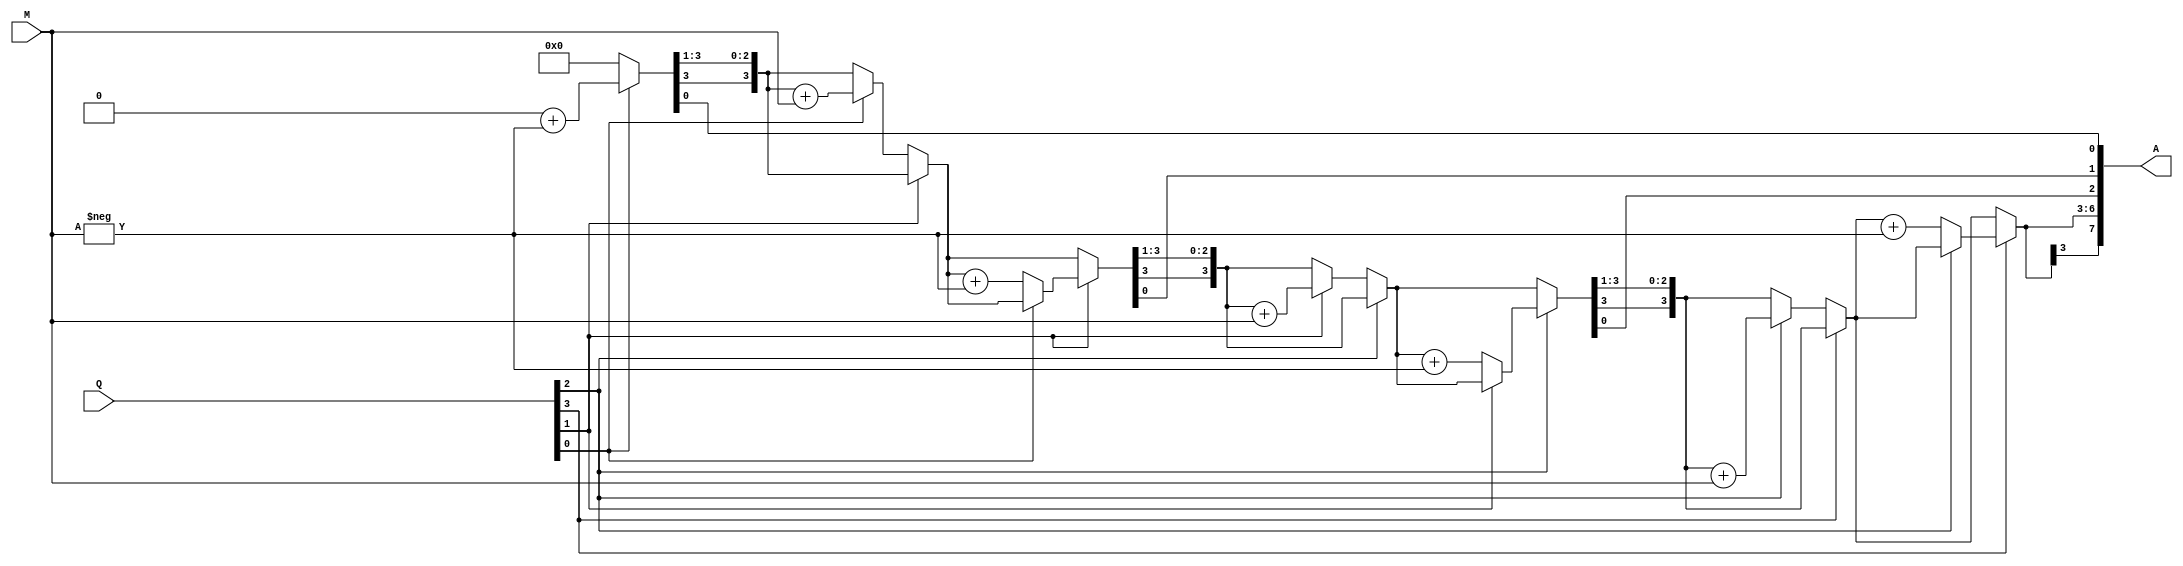
module booth_multiplier(

	 input signed[3:0] M,
    input signed[3:0] Q,
    output signed[7:0] A
    
	 );
   
	reg signed[7:0] A;
	 reg signed[7:0] out;
	 
	 integer n;
	 reg q1, q0;
	 reg signed[3:0] M1;
	
	 always @(M, Q)
	 begin
	 
	 q1 = Q[0];
	 q0 = 1'd0;
	 out[3:0] = Q;
	 out[7:4] = 4'd0;
	 M1 = -M;
	 for(n = 4; n >= 1; n = n - 1)
	 begin
		if (q1 == 0)
		begin
			if (q0 == 1)
			begin
				out[7:4] = out[7:4] + M;
			end
		end
		if (q1 == 1)
		begin
			if (q0 == 0)
			begin
				out[7:4] = out[7:4] + M1;
			end
		end
		q0 = out[0];
		out = out >> 1;
		out[7] = out[6];
		q1 = out[0];
			
	 end
	 
	 A = out;
	 
	 end

endmodule